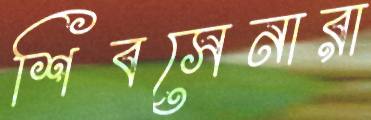
শিবসেনারা